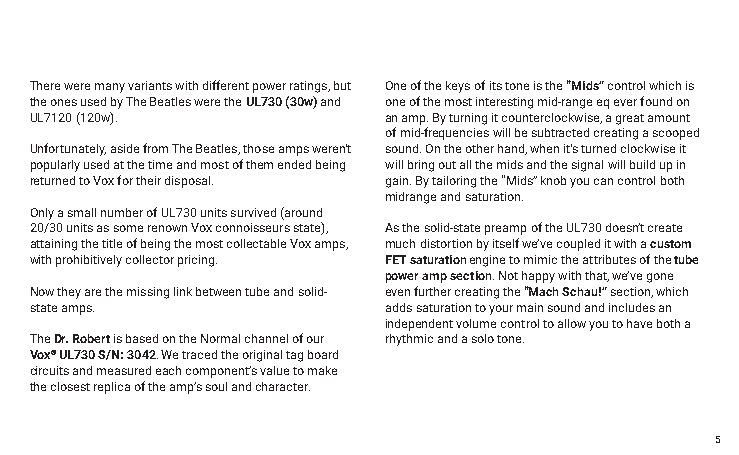
There were many variants with different power ratings, but One of the keys of its tone is the “Mids” control which is
 the ones used by The Beatles were the UL730 (30w) and one of the most interesting mid-range eq ever found on
 UL7120 (120w).         an amp. By turning it counterclockwise, a great amount
 of mid-frequencies will be subtracted creating a scooped
 Unfortunately, aside from The Beatles, those amps weren't sound. On the other hand, when it's turned clockwise it
 popularly used at the time and most of them ended being will bring out all the mids and the signal will build up in
 returned to Vox for their disposal. gain. By tailoring the “Mids” knob you can control both
 midrange and saturation.
 Only a small number of UL730 units survived (around
 20/30 units as some renown Vox connoisseurs state), As the solid-state preamp of the UL730 doesn’t create
 attaining the title of being the most collectable Vox amps, much distortion by itself we’ve coupled it with a custom
 with prohibitively collector pricing. FET saturation engine to mimic the attributes of the tube
 power amp section. Not happy with that, we’ve gone
 Now they are the missing link between tube and solid- even further creating the “Mach Schau!” section, which
 state amps.            adds saturation to your main sound and includes an
 independent volume control to allow you to have both a
 The Dr. Robert is based on the Normal channel of our rhythmic and a solo tone.
 Vox® UL730 S/N: 3042. We traced the original tag board
 circuits and measured each component’s value to make
 the closest replica of the amp’s soul and character.
 5